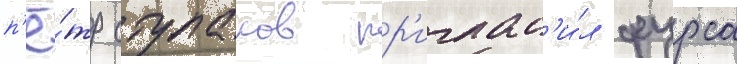
п'ё́тр ступаков пр'иглас'и́л фурса